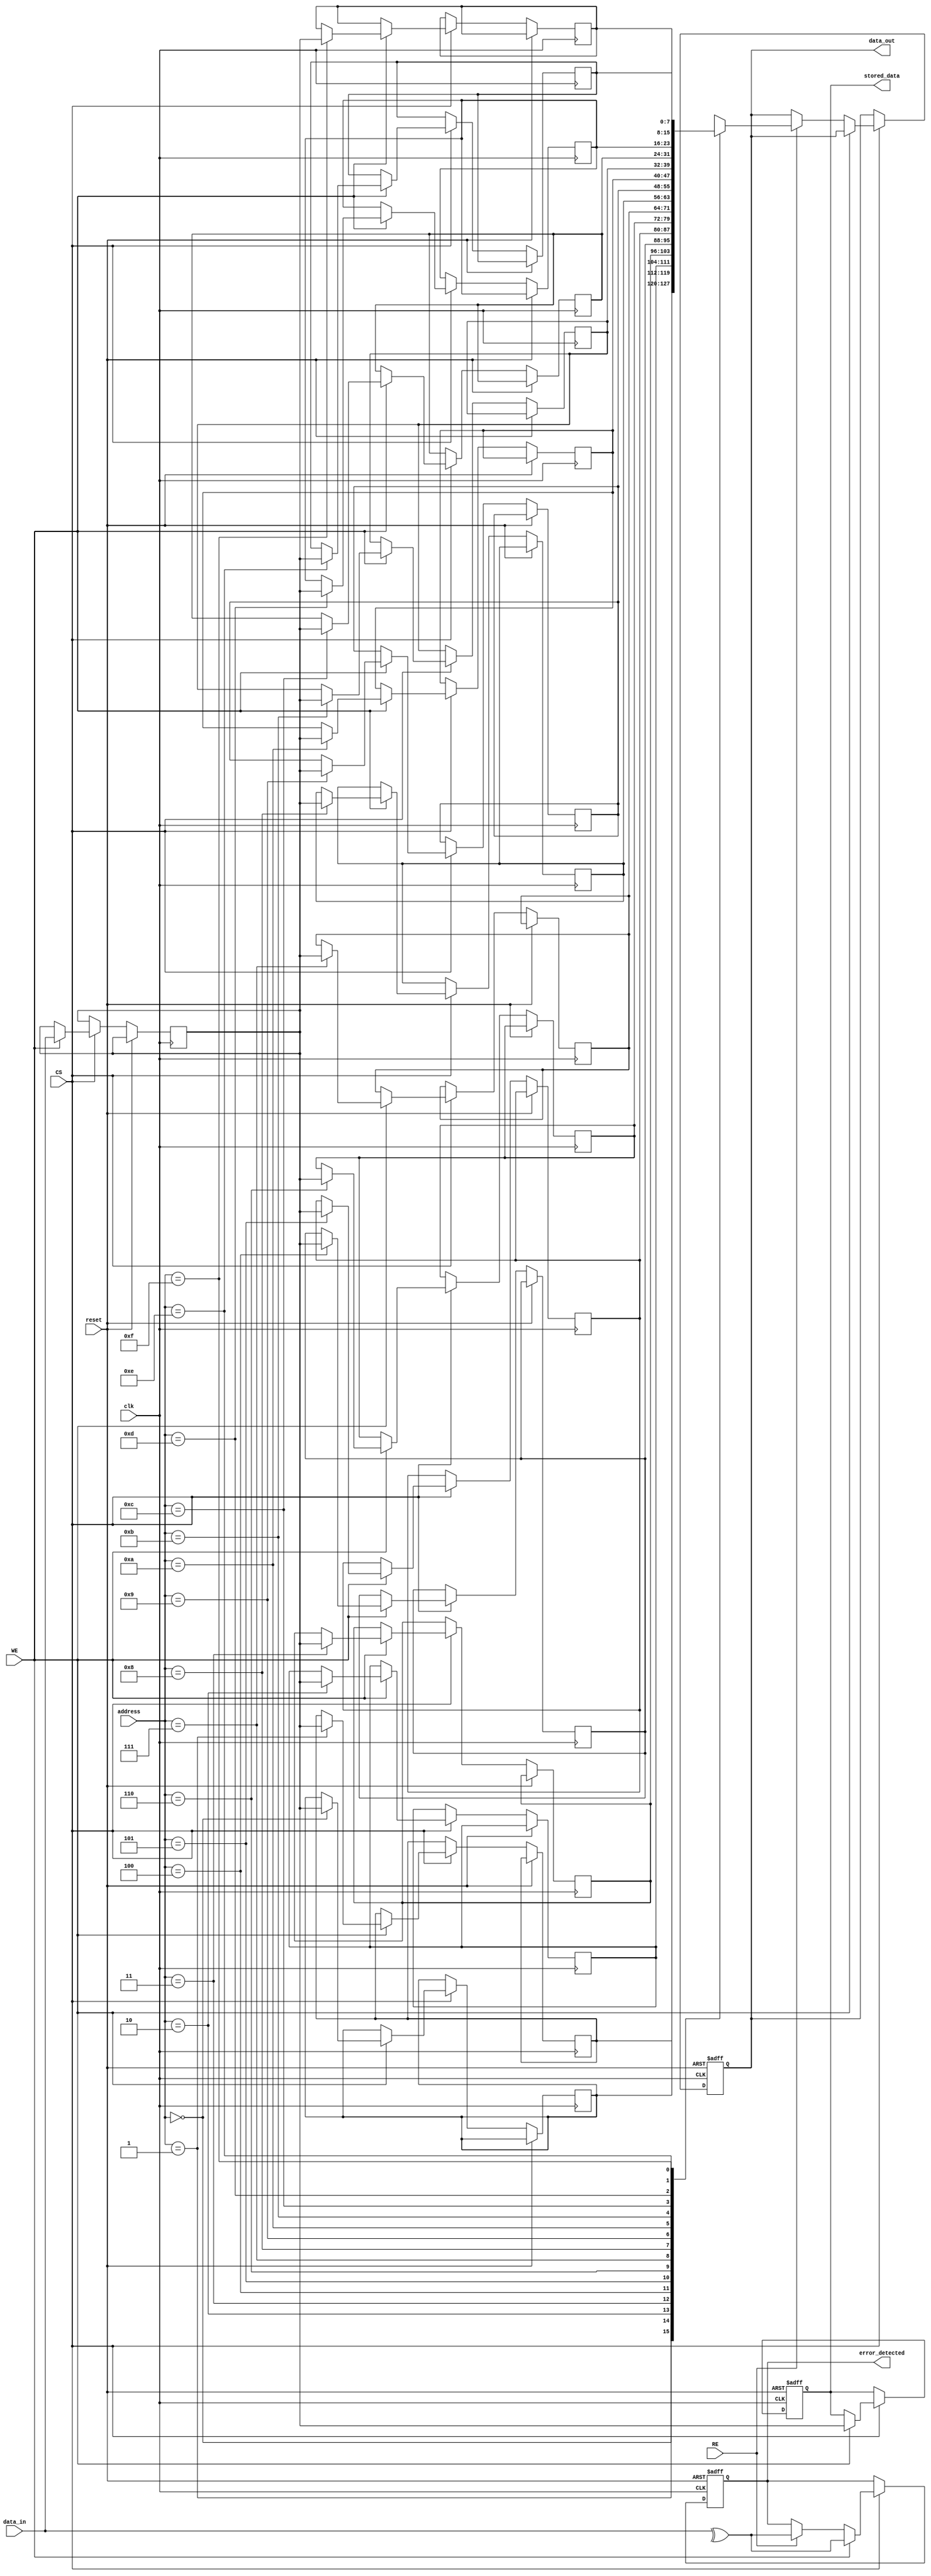
module mram_io_block (
    input wire clk,                // Clock signal
    input wire reset,              // Reset signal
    input wire [7:0] data_in,      // Input data (8 bits)
    output reg [7:0] data_out,     // Output data (8 bits)
    input wire RE,                 // Read Enable
    input wire WE,                 // Write Enable
    input wire CS,                 // Chip Select
    input wire [3:0] address,      // Address lines (4 bits)
    output reg error_detected,      // Error detection signal
    output reg [7:0] stored_data    // Data stored in memory
);

// Internal signals
reg [7:0] data_latch;            // Data latch for input
reg [7:0] memory_array [0:15];   // Simple memory array (16 x 8 bits)

// Error detection logic (simple parity check for demonstration)
wire parity_bit;
assign parity_bit = ^data_in; // Calculate parity bit

// Control logic
always @(posedge clk or posedge reset) begin
    if (reset) begin
        data_out <= 8'b0;
        error_detected <= 1'b0;
        stored_data <= 8'b0;
    end else if (CS) begin
        if (WE) begin
            // Write operation
            data_latch <= data_in; // Latch input data
            memory_array[address] <= data_latch; // Store data in memory
            stored_data <= data_latch; // Store for output verification
            error_detected <= (parity_bit != 1'b0); // Check for error
        end else if (RE) begin
            // Read operation
            data_out <= memory_array[address]; // Output data from memory
            error_detected <= (parity_bit != 1'b0); // Check for error
        end
    end
end

endmodule